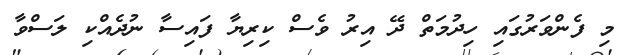
މި ފެންވަރުގައި ހިދުމަތް ދޭ އިރު ވެސް ކިރިޔާ ފައިސާ ނުދެއްކި ލަސްވާ